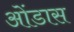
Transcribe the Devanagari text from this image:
ओंडास